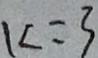
k = 3